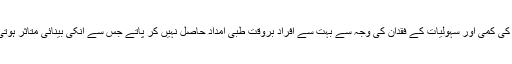
آگہی کی کمی اور سہولیات کے فقدان کی وجہ سے بہت سے افراد بروقت طبی امداد حاصل نہیں کر پاتے جس سے انکی بینائی متاثر ہوتی ہے۔